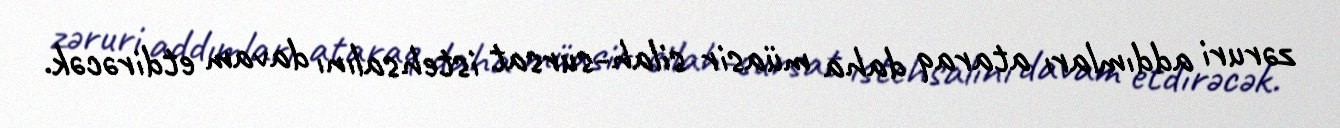
zəruri addımları ataraq daha müasir silah-sursat istehsalını davam etdirəcək.